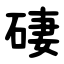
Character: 䃀